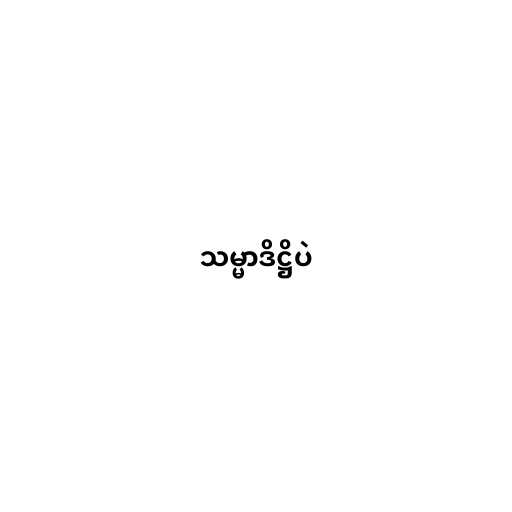
သမ္မာဒိဋ္ဌိပဲ